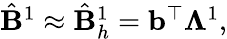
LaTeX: \begin{array}{r}{\hat{\mathbf{B}}^{1}\approx\hat{\mathbf{B}}_{h}^{1}=\mathbf{b}^{\top}\mathbb\Lambda^{1},}\end{array}